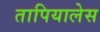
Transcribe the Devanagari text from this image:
तापियालेस